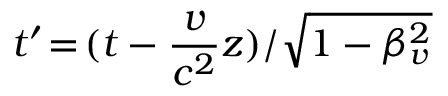
t ^ { \prime } \! = \! ( t - \frac { v } { c ^ { 2 } } z ) / \sqrt { 1 - \beta _ { v } ^ { 2 } }